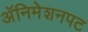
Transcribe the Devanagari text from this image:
अॅनिमेशनपट